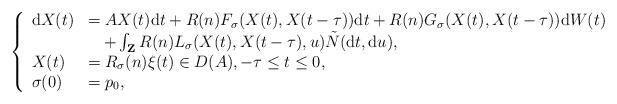
LaTeX: \begin{align*} \left\{ \begin{array}{ll} \mathrm{d}X(t)&=AX(t)\mathrm{d}t+R(n)F_{\sigma}(X(t),X(t-\tau))\mathrm{d}t+R(n)G_{\sigma}(X(t),X(t-\tau))\mathrm{d}W(t)\\&\quad+\int_{\mathbf{Z}}R(n)L_{\sigma}(X(t),X(t-\tau),u)\tilde{N}(\mathrm{d}t,\mathrm{d}u), \\X(t)&=R_{\sigma}(n)\xi(t)\in D(A),-\tau\leq t\leq0,\\\sigma(0)&=p_{0},\end{array} \right.\end{align*}